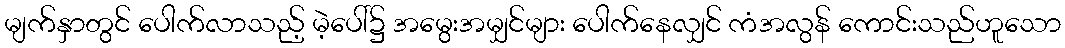
မျက်နှာတွင် ပေါက်လာသည့် မဲ့ပေါ်၌ အမွေးအမျှင်များ ပေါက်နေလျှင် ကံအလွန် ကောင်းသည်ဟူသော